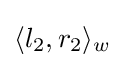
\langle l_{2},r_{2}\rangle _{w}